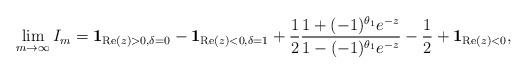
LaTeX: \begin{align*} \lim_{m \to \infty} I_m = \mathbf{1}_{ \mathrm{Re}(z) > 0 , \delta = 0 } - \mathbf{1}_{ \mathrm{Re}(z) < 0 , \delta=1} + \frac{1}{2} \frac{1 +(-1)^{\theta_1} e^{-z}}{1 - (-1)^{\theta_1} e^{-z}} - \frac{1}{2} + \mathbf{1}_{\mathrm{Re}(z) < 0 },\end{align*}